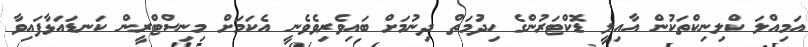
އަމިއްލަ ކްލިނިކްތަކުން އާއިލީ ޑޮކްޓަރުންގެ ހިދުމަތް ދިނުމަށް ބައިވެރިވެވެނީ އެކަމަށް މިނިސްޓްރީން ކަނޑައަޅާފައިވާ